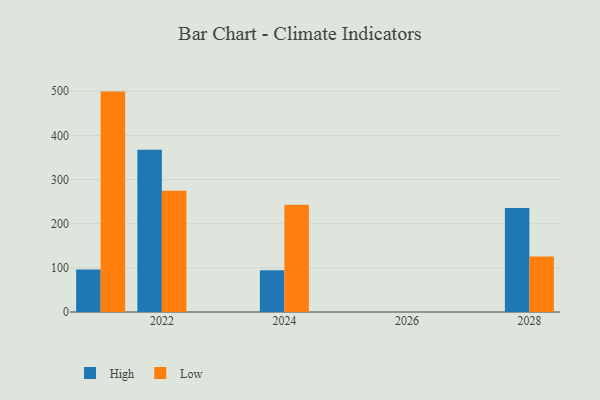
{"axis": {"x": "Year", "y": "Temperature (°C)"}, "legend": ["High", "Low"], "data": [{"x": "2028", "y": 235.4, "type": "High"}, {"x": "2028", "y": 125.7, "type": "Low"}, {"x": "2024", "y": 94.8, "type": "High"}, {"x": "2024", "y": 242.7, "type": "Low"}, {"x": "2022", "y": 367.8, "type": "High"}, {"x": "2022", "y": 274.7, "type": "Low"}, {"x": "2021", "y": 96.1, "type": "High"}, {"x": "2021", "y": 499.3, "type": "Low"}]}